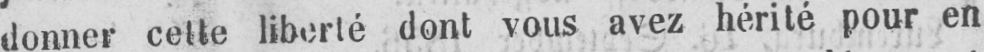
donner cette liberté dont vous avez hérité pour en